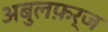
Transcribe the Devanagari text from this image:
अबुलफ़र्ज